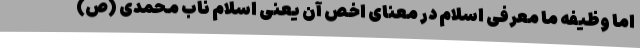
اما وظیفه ما معرفی اسلام در معنای اخص آن یعنی اسلام ناب محمدی (ص)